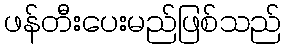
ဖန်တီးပေးမည်ဖြစ်သည်